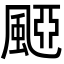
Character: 𩗠